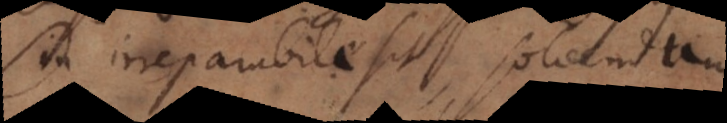
Sin irreparabile sit, solvendum